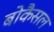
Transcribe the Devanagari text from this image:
बोकैसल